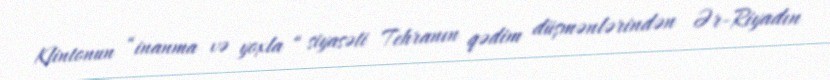
Klintonun “inanma və yoxla “ siyasəti Tehranın qədim düşmənlərindən Ər-Riyadın